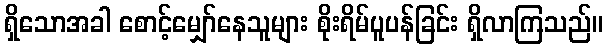
ရှိသောအခါ စောင့်မျှော်နေသူများ စိုးရိမ်ပူပန်ခြင်း ရှိလာကြသည်။